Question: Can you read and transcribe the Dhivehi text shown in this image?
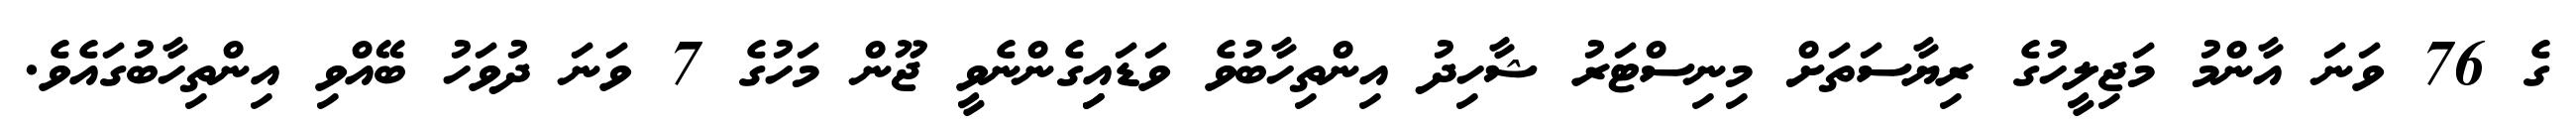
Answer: ގެ 76 ވަނަ އާންމު މަޖިލީހުގެ ރިޔާސަތަށް މިނިސްޓަރު ޝާހިދު އިންތިހާބުވެ ވަޑައިިގެންނެވީ ޖޫން މަހުގެ 7 ވަނަ ދުވަހު ބޭއްވި އިންތިހާބުގައެވެ.